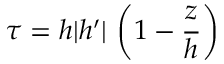
\tau = h | h ^ { \prime } | \, \left( 1 - \frac { z } { h } \right)